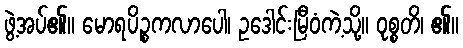
ဖွဲ့အပ်၏။ မောရပိဉ္စကလာပေါ၊ ဥဒေါင်းမြီဝံကဲ့သို့။ ဝုစ္စတိ၊ ၏။